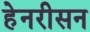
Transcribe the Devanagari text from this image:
हेनरीसन